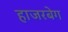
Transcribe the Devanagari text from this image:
हाजरबेग